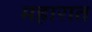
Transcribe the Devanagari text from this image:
महारात